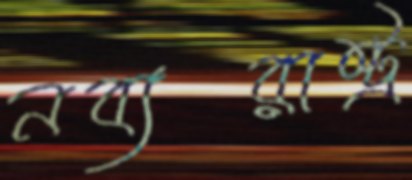
নব্যরাষ্ট্র